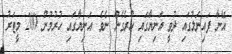
އޭނާ ފައިނަލުގައި ދުވީ އަނިޔާގައި ހުރެގެން ނެވެ. އަނިޔާގައި ހުރުމުން 200 މީޓަރު